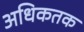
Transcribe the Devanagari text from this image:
अधिकतक